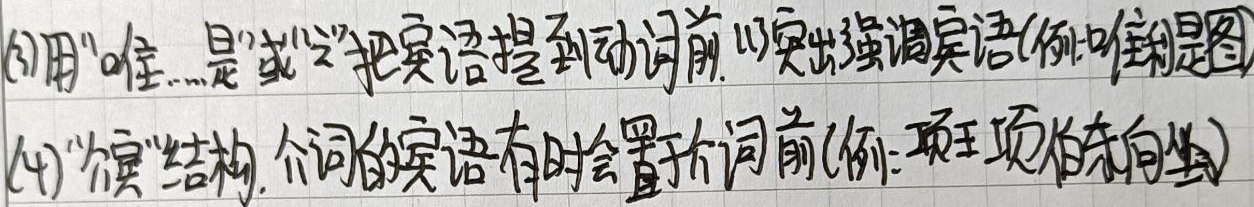
(3)用“唯……是”或“之”把宾语提到动词前，以突出强调宾语(例:唯利是图)
(4)“介宾”结构，介词的宾语有时会置于介词前(例: 项王、项伯东向坐)